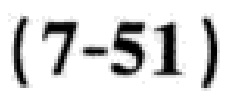
\((7 - 51)\)